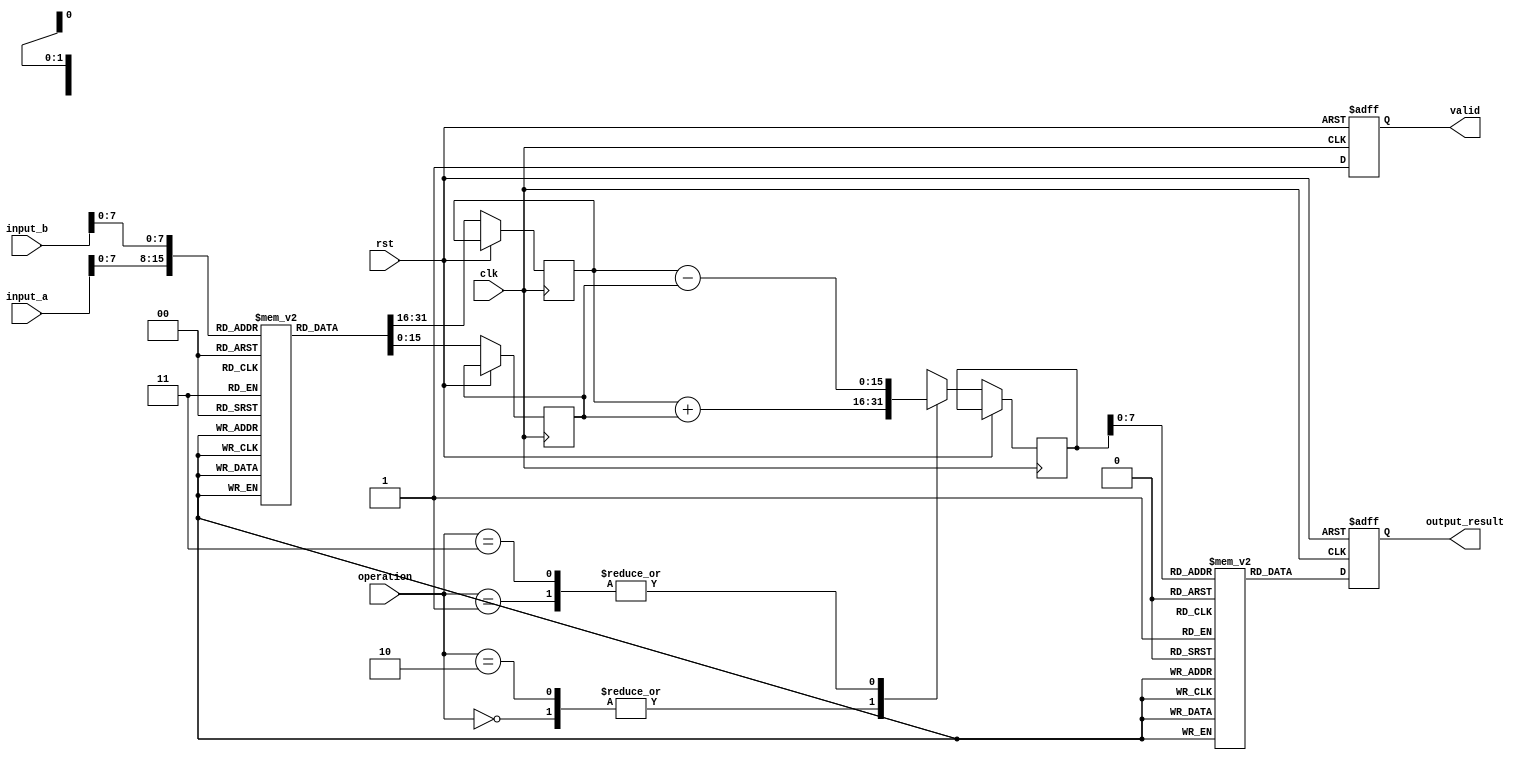
module LogarithmBasedDSPU #(
    parameter DATA_WIDTH = 16,
    parameter LUT_SIZE = 256
)(
    input wire clk,
    input wire rst,
    input wire [DATA_WIDTH-1:0] input_a,
    input wire [DATA_WIDTH-1:0] input_b,
    input wire [1:0] operation, // 00: Add, 01: Subtract, 10: Multiply, 11: Divide
    output reg [DATA_WIDTH-1:0] output_result,
    output reg valid
);

// Logarithm and Anti-logarithm LUTs
reg [DATA_WIDTH-1:0] log_lut [0:LUT_SIZE-1];
reg [DATA_WIDTH-1:0] antilog_lut [0:LUT_SIZE-1];

// Initialize LUTs (example values, should be filled with actual logarithmic values)
initial begin
    // Fill log_lut and antilog_lut with appropriate values
    // For example: log_lut[i] = log2(i) * (2^DATA_WIDTH)
    // For example: antilog_lut[i] = 2^i
end

// Logarithm conversion
function [DATA_WIDTH-1:0] log_conversion;
    input [DATA_WIDTH-1:0] value;
    begin
        // Example: Simple LUT-based logarithm conversion
        log_conversion = log_lut[value[LUT_SIZE-1:0]];
    end
endfunction

// Anti-logarithm conversion
function [DATA_WIDTH-1:0] antilog_conversion;
    input [DATA_WIDTH-1:0] value;
    begin
        // Example: Simple LUT-based anti-logarithm conversion
        antilog_conversion = antilog_lut[value[LUT_SIZE-1:0]];
    end
endfunction

// Pipelined arithmetic operations
reg [DATA_WIDTH-1:0] log_a, log_b, log_result;

always @(posedge clk or posedge rst) begin
    if (rst) begin
        output_result <= 0;
        valid <= 0;
    end else begin
        // Convert inputs to logarithmic space
        log_a <= log_conversion(input_a);
        log_b <= log_conversion(input_b);
        
        case (operation)
            2'b00: // Addition
                log_result <= log_a + log_b; // log(a) + log(b) = log(ab)
            2'b01: // Subtraction
                log_result <= log_a - log_b; // log(a) - log(b) = log(a/b)
            2'b10: // Multiplication
                log_result <= log_a + log_b; // log(a * b) = log(a) + log(b)
            2'b11: // Division
                log_result <= log_a - log_b; // log(a / b) = log(a) - log(b)
            default: log_result <= 0;
        endcase
        
        // Convert back to linear space
        output_result <= antilog_conversion(log_result);
        valid <= 1; // Indicate that the output is valid
    end
end

endmodule